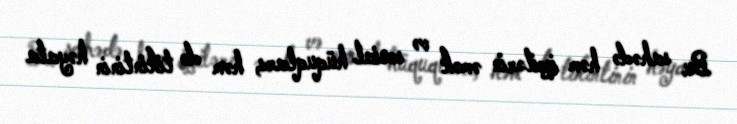
Bu sahədə həm işçilərin əmək və sosial hüquqları, həm də tikintinin həyata